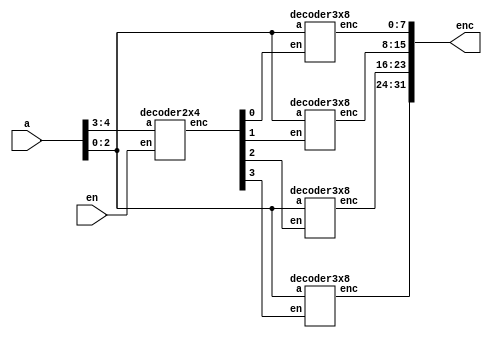
module decoder(

input [4:0] a,                                 

input en,                                      
 
output [31:0] enc );                       

wire [3:0] w;                                

decoder2x4 x1(w,a[4:3],en);                                                             

decoder3x8 x2(enc[7:0], a[2:0],w[0]);  

decoder3x8 x3(enc[15:8], a[2:0],w[1]);

decoder3x8 x4(enc[23:16], a[2:0],w[2]);

decoder3x8 x5(enc[31:24], a[2:0],w[3]);

endmodule



module decoder2x4(

output reg [3:0] enc,

input [1:0] a,

input en);

always @(a,en)               


if(en)

case(a)

2'b00: enc=4'b0001;    

2'b01: enc=4'b0010;

2'b10: enc=4'b0100;

2'b11: enc=4'b1000;

default: enc=0;

endcase

else enc=0;              

endmodule



module decoder3x8(

output reg [7:0] enc,

input [2:0] a,

input en);

always @(a,en)

if(en)

case(a)                                  


0: enc =8'b00000001;           

1: enc =8'b00000010;           

2: enc =8'b00000100;

3: enc =8'b00001000;

4: enc =8'b00010000;

5: enc =8'b00100000;

6: enc =8'b01000000;

7: enc =8'b10000000;

default: enc=0;

endcase

else enc=0;        

endmodule